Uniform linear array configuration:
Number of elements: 8
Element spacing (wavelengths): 0.75
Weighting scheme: cosine
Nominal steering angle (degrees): -60
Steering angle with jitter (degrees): -58.003
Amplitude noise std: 0.05
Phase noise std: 0.05

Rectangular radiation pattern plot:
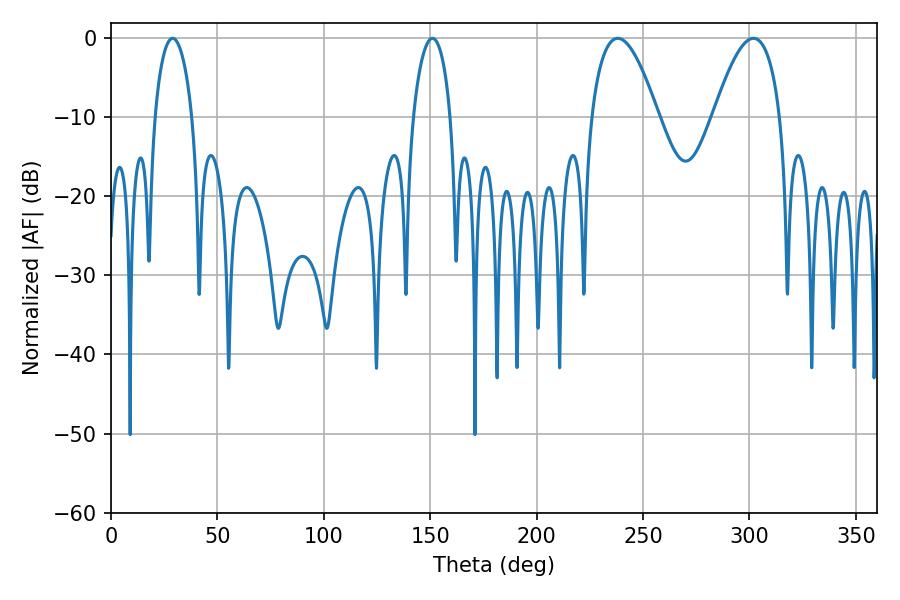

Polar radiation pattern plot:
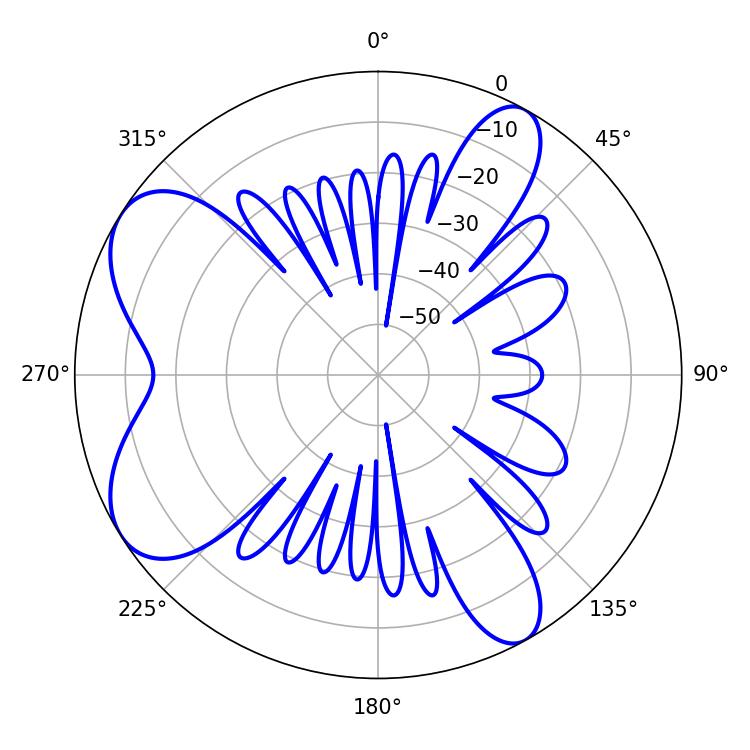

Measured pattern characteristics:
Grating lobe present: TRUE
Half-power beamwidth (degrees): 17.28
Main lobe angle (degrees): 238.14